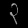
Digit: ၃